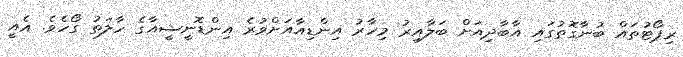
ރިޕޯޓުތައް ބުނާގޮތުގައި އާބާދިއަށް ބަލާއިރު މިހާރު އިންޑިއާއަށްވުރެ އިންޑޮނީޝީއާގެ ހާލަތު ގޯހެވެ. އެއީ